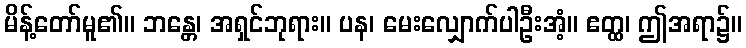
မိန့်တော်မူ၏။ ဘန္တေ၊ အရှင်ဘုရား။ ပန၊ မေးလျှောက်ပါဦးအံ့။ ဧတ္ထ၊ ဤအရာ၌။